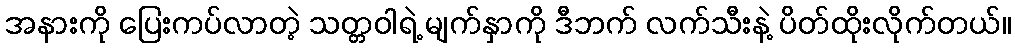
အနားကို ပြေးကပ်လာတဲ့ သတ္တဝါရဲ့ မျက်နှာကို ဒီဘက် လက်သီးနဲ့ ပိတ်ထိုးလိုက်တယ်။